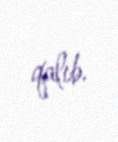
qalıb.